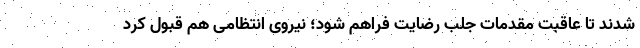
شدند تا عاقبت مقدمات جلب رضایت فراهم شود؛ نیروی انتظامی هم قبول کرد